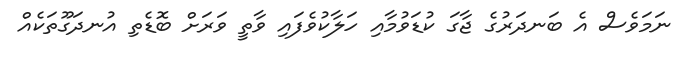
ނަމަވެސް އެ ބަނދަރުގެ ޖާގަ ކުޑަވުމާއި ހަލާކުވެފައި ވާތީ ވަރަށް ބޮޑެތި އުނދަގޫތަކެއް